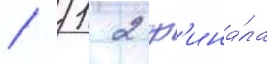
/ 1/ 2 ф'ина́ла